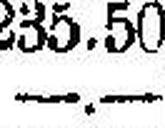
—.—